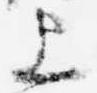
上